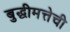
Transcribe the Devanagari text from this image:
बुद्धीमत्तेची